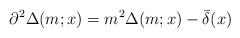
LaTeX: \begin{align*}\partial^2 \Delta(m;x) = m^2\Delta(m;x) - \bar\delta(x)\end{align*}